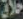
حلاق